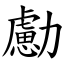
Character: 勴